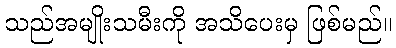
သည်အမျိုးသမီးကို အသိပေးမှ ဖြစ်မည်။